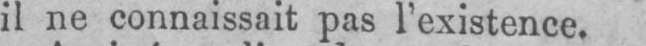
il ne connaissait pas l’existence.